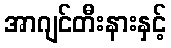
အာဂျင်တီးနားနှင့်